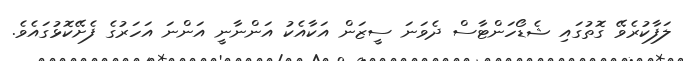
ލަފާކުރެވޭ ގޮތުގައި ޝެޑޯހަންޓާސް ދެވަނަ ސީޒަން އަކާއެކު އަންނާނީ އަންނަ އަހަރުގެ ފެށޭކޮޅުގައެވެ.